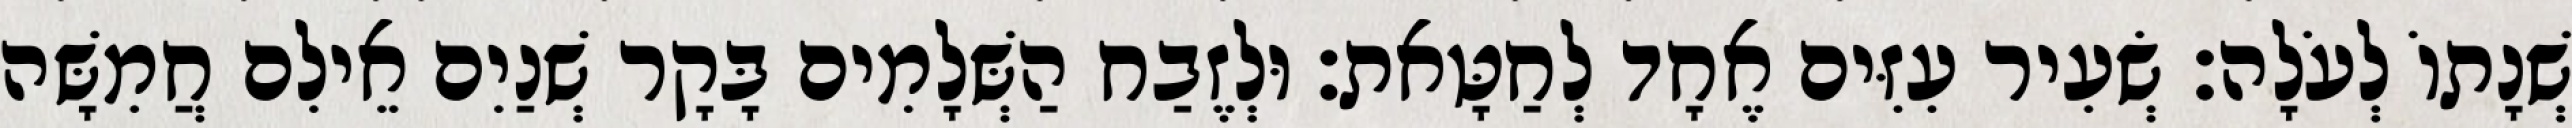
שְׁנָתוֹ לְעֹלָה׃ שְׂעִיר עִזִּים אֶחָד לְחַטָּאת׃ וּלְזֶבַח הַשְּׁלָמִים בָּקָר שְׁנַיִם אֵילִם חֲמִשָּׁה